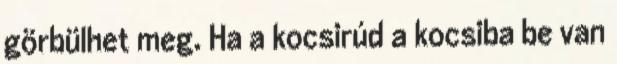
görbülhet meg. Ha a kocsirúd a kocsiba be van